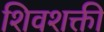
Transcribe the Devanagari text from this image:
शिवशक्ती